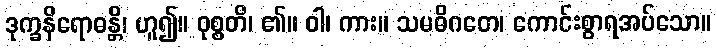
ဒုက္ခနိရောဓန္တိ၊ ဟူ၍။ ဝုစ္စတိ၊ ၏။ ဝါ၊ ကား။ သမဓိဂတေ၊ ကောင်းစွာရအပ်သော။